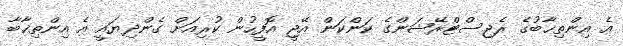
އެ އިންތިޚާބުގެ ރެޖިސްޓްރޭޝަންގެ ކަންކަން އޭޖީ އޮފީހުން ކުރިއަށް ގެންދިޔައީ އެ އިންތިޚާބާ